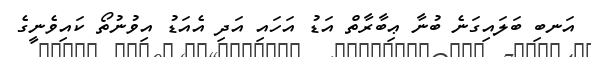
އަނބި ބަލައިގަނެ ބުނާ ޢިބާރާތް އަޑު އަހައި އަދި އެއަޑު އިވުނުތޯ ކައިވެނީގެ